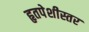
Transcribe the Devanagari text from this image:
हृतपेशीस्तर